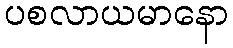
ပစလာယမာနော